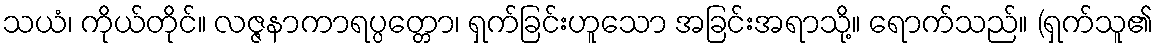
သယံ၊ ကိုယ်တိုင်။ လဇ္ဇနာကာရပ္ပတ္တော၊ ရှက်ခြင်းဟူသော အခြင်းအရာသို့။ ရောက်သည်။ (ရှက်သူ၏